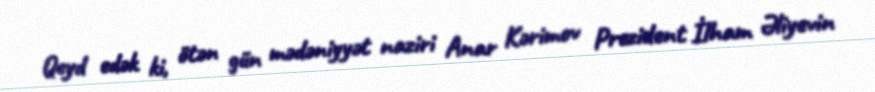
Qeyd edək ki, ötən gün mədəniyyət naziri Anar Kərimov Prezident İlham Əliyevin